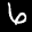
Label: 6